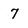
Character: 7